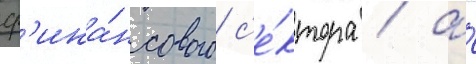
ф'ина́нсового с'е́ктора / а́